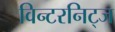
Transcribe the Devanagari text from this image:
विन्टरनिट्ज